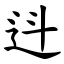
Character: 䢏